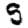
Digit: 5